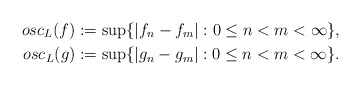
\begin{align*}osc_L(f)&:=\sup\{\left|f_n-f_m\right|: 0\leq n<m< \infty\},\\osc_L(g)&:=\sup\{\left|g_n-g_m\right|: 0\leq n<m< \infty\}.\end{align*}